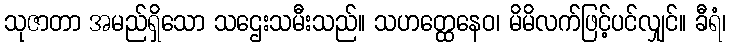
သုဇာတာ အမည်ရှိသော သဌေးသမီးသည်။ သဟတ္ထေနေဝ၊ မိမိလက်ဖြင့်ပင်လျှင်။ ခီရံ၊